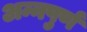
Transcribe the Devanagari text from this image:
अन्नपुर्ण